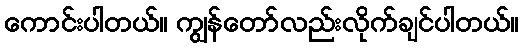
ကောင်းပါတယ်။ ကျွန်တော်လည်းလိုက်ချင်ပါတယ်။